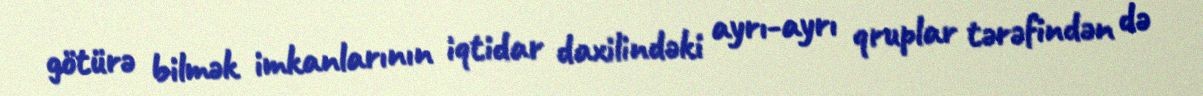
götürə bilmək imkanlarının iqtidar daxilindəki ayrı-ayrı qruplar tərəfindən də